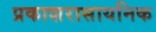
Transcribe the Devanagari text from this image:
प्रकाशरासायनिक